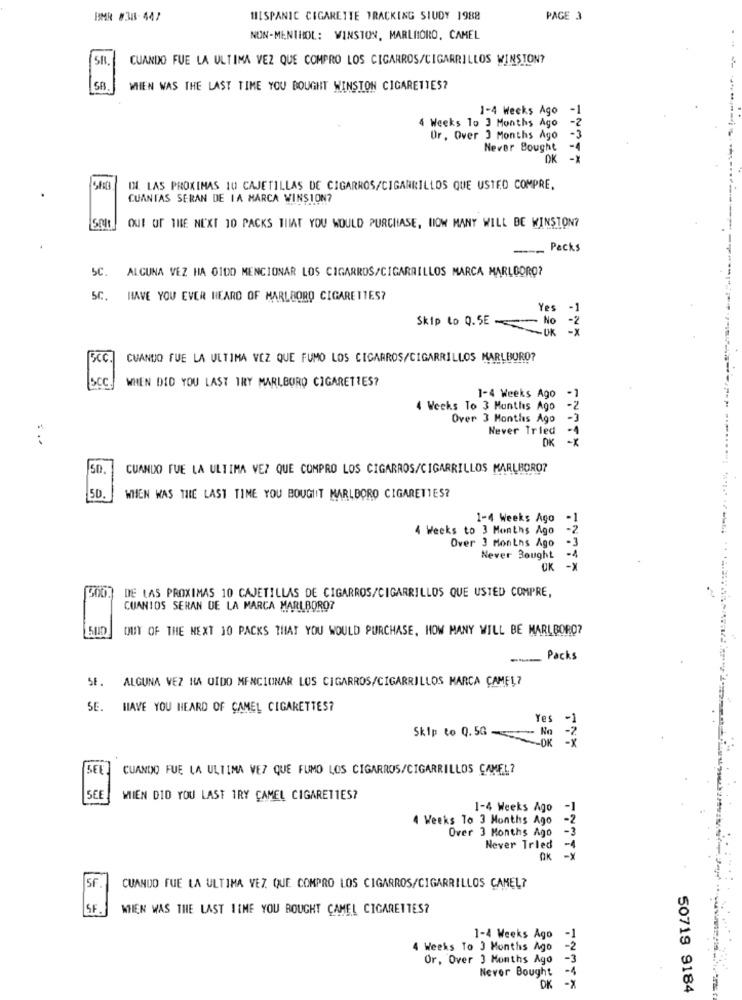
BMR #38-447
HISPANIC CIGARETTE TRACKING SIUDY 1988
PAGE 3
NON-MENTHOL: WINSTON, MARLBORO, CAMEL
CUANDO FUE LA ULTIMA VEZ QUE COMPRO LOS CIGARROS/CIGARRILLOS WINSTON?
MIEN WAS THE LAST TIME YOU BOUGHT WINSTON CIGARETTES?
1-4 Weeks Ago
-1
4 Weeks To 3 Months Ago
Ur. Over 3 Months Ago
Never Bought
-4
DK
-*
IN. LAS PROXIMAS 10 CAJETILLAS DE CIGARROS/CIGARRILLOS QUE USTED COMPRE.
CUANTAS SERAN DE LA MARCA WINSION?
OUT OF THE NEXT 10 PACKS THAT YOU WOULD PURCHASE, HOW MANY WILL BE WINSTON?
-
Packs
5C.
ALGUNA VEZ HA O100 MENCIONAR LOS CIGARROS/CIGARRILLOS MARCA MARLBORO?
5C.
HAVE YOU EVER HEARD OF MARLBORO CIGARETTES?
Yes
-1
Skip to 0.5E
No -
- OK
Bcc.]
CUANDO FUE LA ULTIMA VEZ QUE FUMO LOS CIGARROS/CIGARRILLOS MARLBORO?
SCC
WHEN DID YOU LAST TRY MARLBORO CIGARETTES?
1-4 Weeks Ago
4 Weeks To 3 Months Ago
-2
Over 3 Months Ago
Never Tried
OK
-X
.....
ENITY
50
CUANDO FUE LA ULTIMA VEZ QUE COMPRO LOS CIGARROS/CIGARRILLOS MARLBORO?
5D
WHEN WAS THE LAST TIME YOU BOUGHT MARLBORO CIGARETTES?
1-4 Weeks Ago
.1
4 Weeks to 3 Months Ago
Over 3 Months Ago
Never Bought
OK
-x
DE LAS PROXIMAS 10 CAJETILLAS DE CIGARROS/CIGARRILLOS QUE USTED COMPRE,
CUANTOS SERAN DE LA MARCA MARLBORO?
OUT OF THE NEXT 10 PACKS THAT YOU WOULD PURCHASE, HOW MANY WILL BE MARLBORO?
...... Packs
SE. ALGUNA VEZ HA OIDO MENCIONAR LOS CIGARROS/CIGARRILLOS MARCA CAMEL7
SE. HAVE YOU HEARD OF CAMEL CIGARETTES?
Yes
-1
Skip to 0.56 -- No -Z
-OK -X
SEE
CUANDO FUE LA ULTIMA VEZ QUE FUMO LOS CIGARROS/CIGARRILLOS CAMEL?
SEE
MIEN DID YOU LAST IRY CAMEL CIGARETTES?
1-4 Weeks Ago -1
4 Weeks To 3 Months Ago
-2
Over 3 Months Ago
-3
Never Tried
-4
OK
-x
SF
CUANDO FUE LA ULTIMA VEZ QUE COMPRO LOS CIGARROS/CIGARRILLOS CANEL?
SF.
MIEN WAS THE LAST TIME YOU BOUGHT CAMEL CIGARETTES?
1-4 Weeks Ago
-1
4 Weeks To 3 Months Ago
-2
Or, Over 3 Months Ago
-3
Never Bought
-1
DK
-X
50718 9184